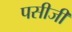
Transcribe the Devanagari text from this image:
पसीजी